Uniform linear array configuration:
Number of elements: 48
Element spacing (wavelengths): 0.5
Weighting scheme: kaiser
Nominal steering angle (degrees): -15
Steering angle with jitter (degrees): -15.062
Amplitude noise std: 0.05
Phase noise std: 0.05

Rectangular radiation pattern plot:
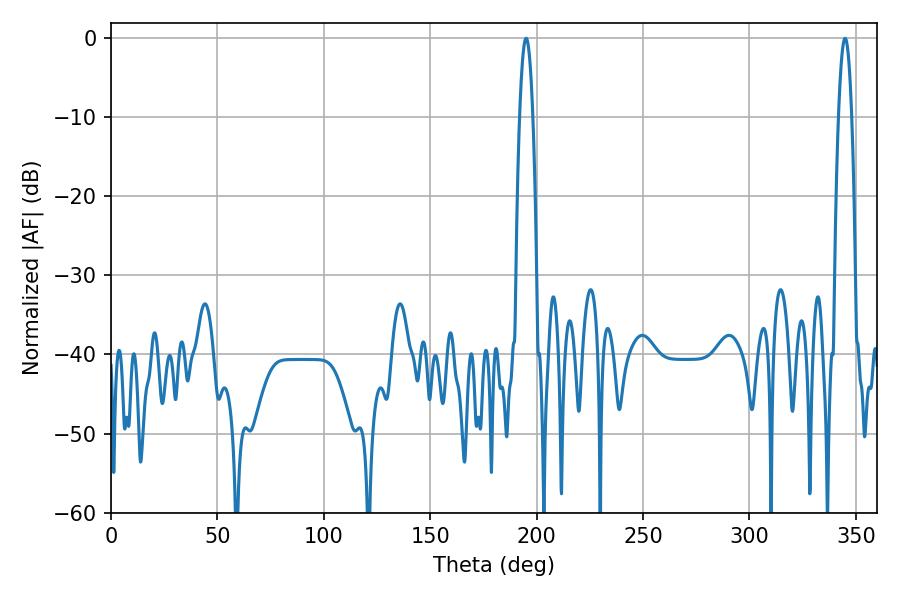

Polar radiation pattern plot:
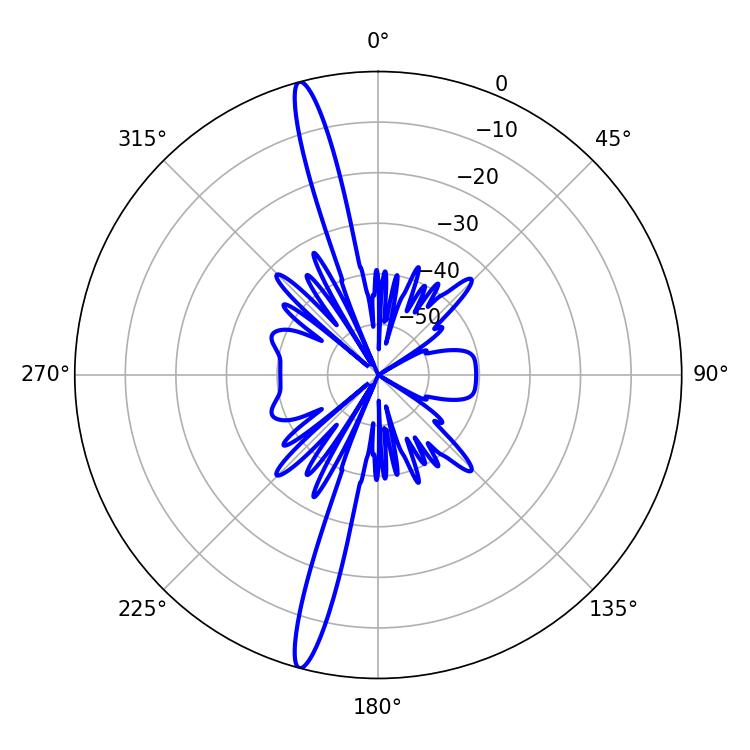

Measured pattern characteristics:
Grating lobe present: FALSE
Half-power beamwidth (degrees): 3.42
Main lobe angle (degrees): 344.88